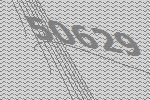
50629